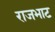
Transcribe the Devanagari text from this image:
राजभाट